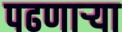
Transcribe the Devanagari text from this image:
पढणार्‍या